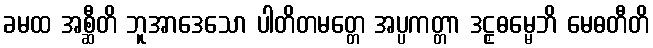
ခမထ အစ္ဆီတိ ဘူအာဒေသော ပါတိတမတ္တေ အပ္ပကတ္တာ ဒဠှဓမ္မေဘိ မေဓတီတိ